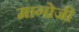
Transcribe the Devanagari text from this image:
मागोजी